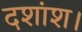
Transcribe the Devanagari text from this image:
दशांश।